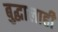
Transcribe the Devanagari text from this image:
बुद्धालाही